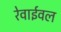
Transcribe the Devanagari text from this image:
रेवाईवल